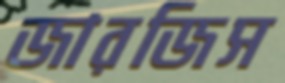
জারজিস